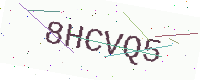
Text: 8HCVQ5